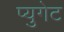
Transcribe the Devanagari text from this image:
प्युगेट